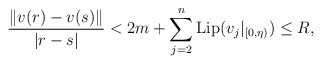
\begin{align*}\frac{ \| v(r) - v(s)\|}{|r-s|} < 2m + \sum_{j=2}^n \mathrm{Lip}(v_j \vert_{[0, \eta)})\leq R,\end{align*}